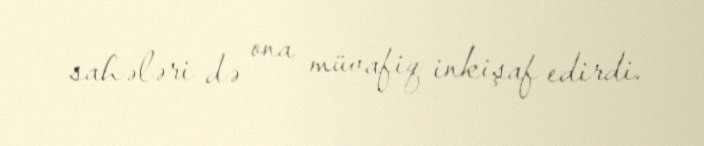
sahələri də ona müvafiq inkişaf edirdi.